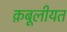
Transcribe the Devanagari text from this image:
क़बूलीयत